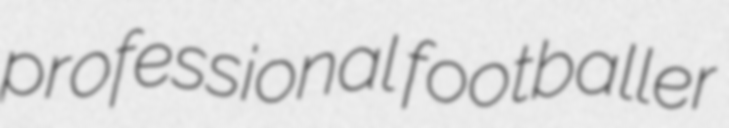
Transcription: professional footballer